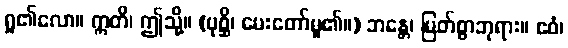
ရှု၏လော။ ဣတိ၊ ဤသို့။ (ပုစ္ဆိ၊ မေးတော်မူ၏။) ဘန္တေ၊ မြတ်စွာဘုရား။ ဧဝံ၊